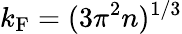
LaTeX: k_{\mathrm{F}}=(3\pi^{2}n)^{1/3}